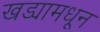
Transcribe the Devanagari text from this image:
खड्यामधून